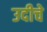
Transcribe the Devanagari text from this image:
उदीचे